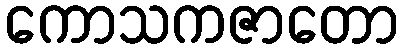
ကောသကဇာတော